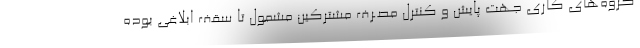
گروه‌های کاری جهت پایش و کنترل مصـرف مشترکین مشمول تا سقف ابلاغی بوده